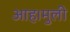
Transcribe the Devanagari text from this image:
आह।मुली